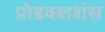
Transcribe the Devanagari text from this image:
प्रोडक्शशंस